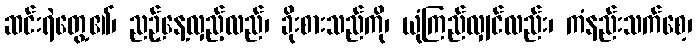
ဆင်းရဲတွေ့၏၊ ညဉ့်နေ့လှည့်လည်၊ ခိုးစားသည်ကို၊ ယုံကြည်လျှင်လည်း၊ ကံနည်းသက်စေ့၊